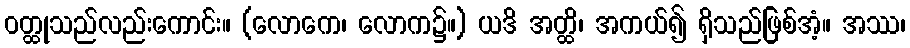
ဝတ္ထုသည်လည်းကောင်း။ (လောကေ၊ လောက၌။) ယဒိ အတ္ထိ၊ အကယ်၍ ရှိသည်ဖြစ်အံ့။ အဿ၊